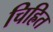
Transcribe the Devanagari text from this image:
चिह्रित